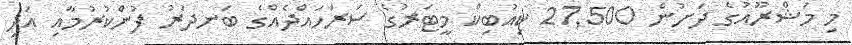
މި މަޝްރޫއުގެ ދަށުން 27